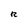
Character: R